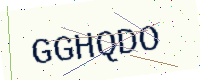
Text: GGHQDO